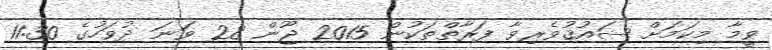
ވީމާ މިކަމަށް ޝައުޤުވެރިވާ ފަރާތްތަކުން 2015 ޖޫން 28 ވަނަ ދުވަހުގެ 11:30